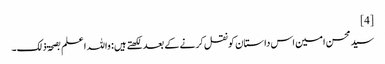
[4]
سید محسن امین اس داستان کو نقل کرنے کے بعد لکھتے ہیں: واللہ اعلم بصحۃ ذلک۔